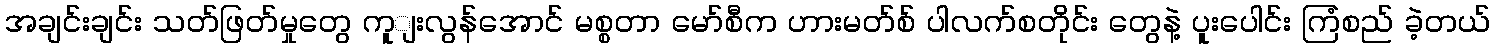
အချင်းချင်း သတ်ဖြတ်မှုတွေ ကူျးလွန်အောင် မစ္စတာ မော်စီက ဟားမတ်စ် ပါလက်စတိုင်း တွေနဲ့ ပူးပေါင်း ကြံစည် ခဲ့တယ်